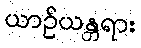
ယာဉ်ယန္တရား